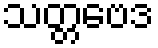
သတ္တဗေဒ